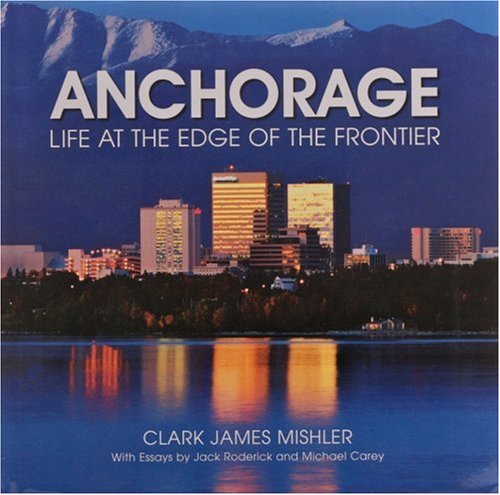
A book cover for Anchorage Life at the Edge of the Frontier; Clark James Mishler; Travel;